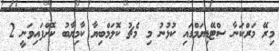
މިރޭ މަރްކަނާ ސްޓޭޑިޔަމްގައި ކުޅުނު މި މެޗު ކޮލަމްބިޔާ ކާމިޔާބު ކޮށްފައިވަނީ 2